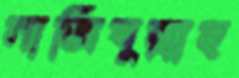
নাজিবুল্লাহ